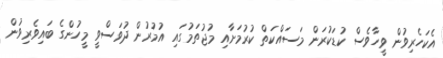
އެކަހެރިވުން ވީހާވެސް ކުޑަކުރަން މަސައްކަތް ކުރުމަށާއި މުޖުތަމުގައި އުމުރުން ދުވަސްވީ މީހުންގެ ބައިވެރިވުން